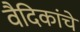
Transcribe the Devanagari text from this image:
वैदिकांचे